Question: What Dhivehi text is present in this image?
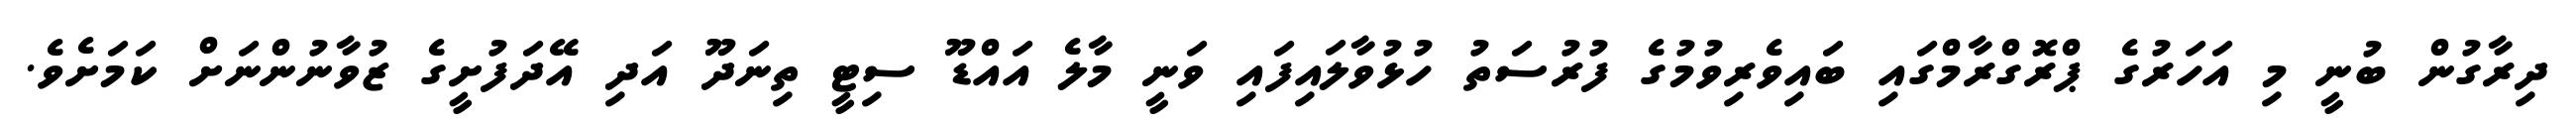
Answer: ދިރާގުން ބުނީ މި އަހަރުގެ ޕްރޮގްރާމްގައި ބައިވެރިވުމުގެ ފުރުސަތު ހުޅުވާލައިފައި ވަނީ މާލެ އައްޑޫ ސިޓީ ތިނަދޫ އަދި އޭދަފުށީގެ ޒުވާނުންނަށް ކަމަށެވެ.